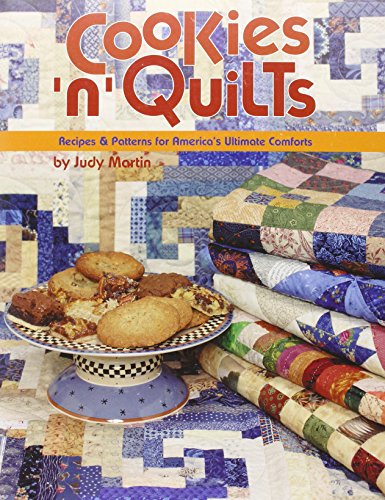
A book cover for Cookies 'n' Quilts: Recipes & Patterns for America's Ultimate Comforts; Judy Martin; Cookbooks, Food & Wine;